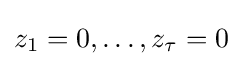
z_{1}=0,\dots ,z_{\tau }=0